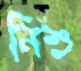
নিশু